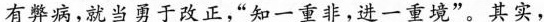
有弊病，就当勇于改正，“知一重非，进一重境”。其实，